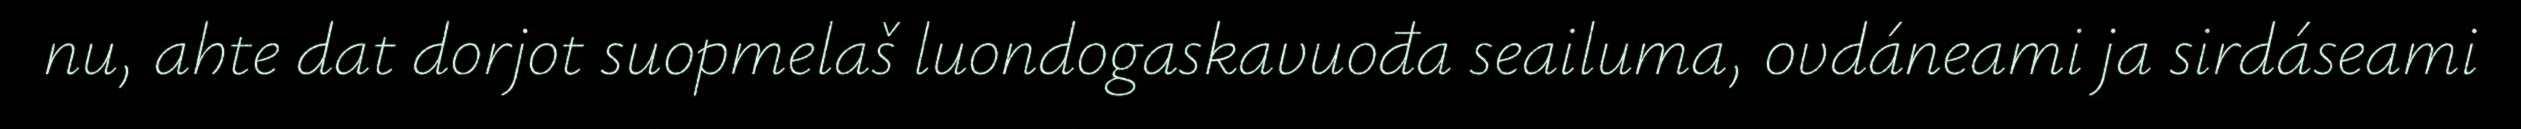
nu, ahte dat dorjot suopmelaš luondogaskavuođa seailuma, ovdáneami ja sirdáseami